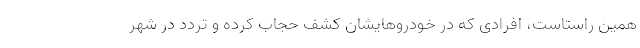
همین راستاست، افرادی که در خودروهایشان کشف حجاب کرده و تردد در شهر